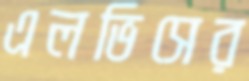
এলভিসের